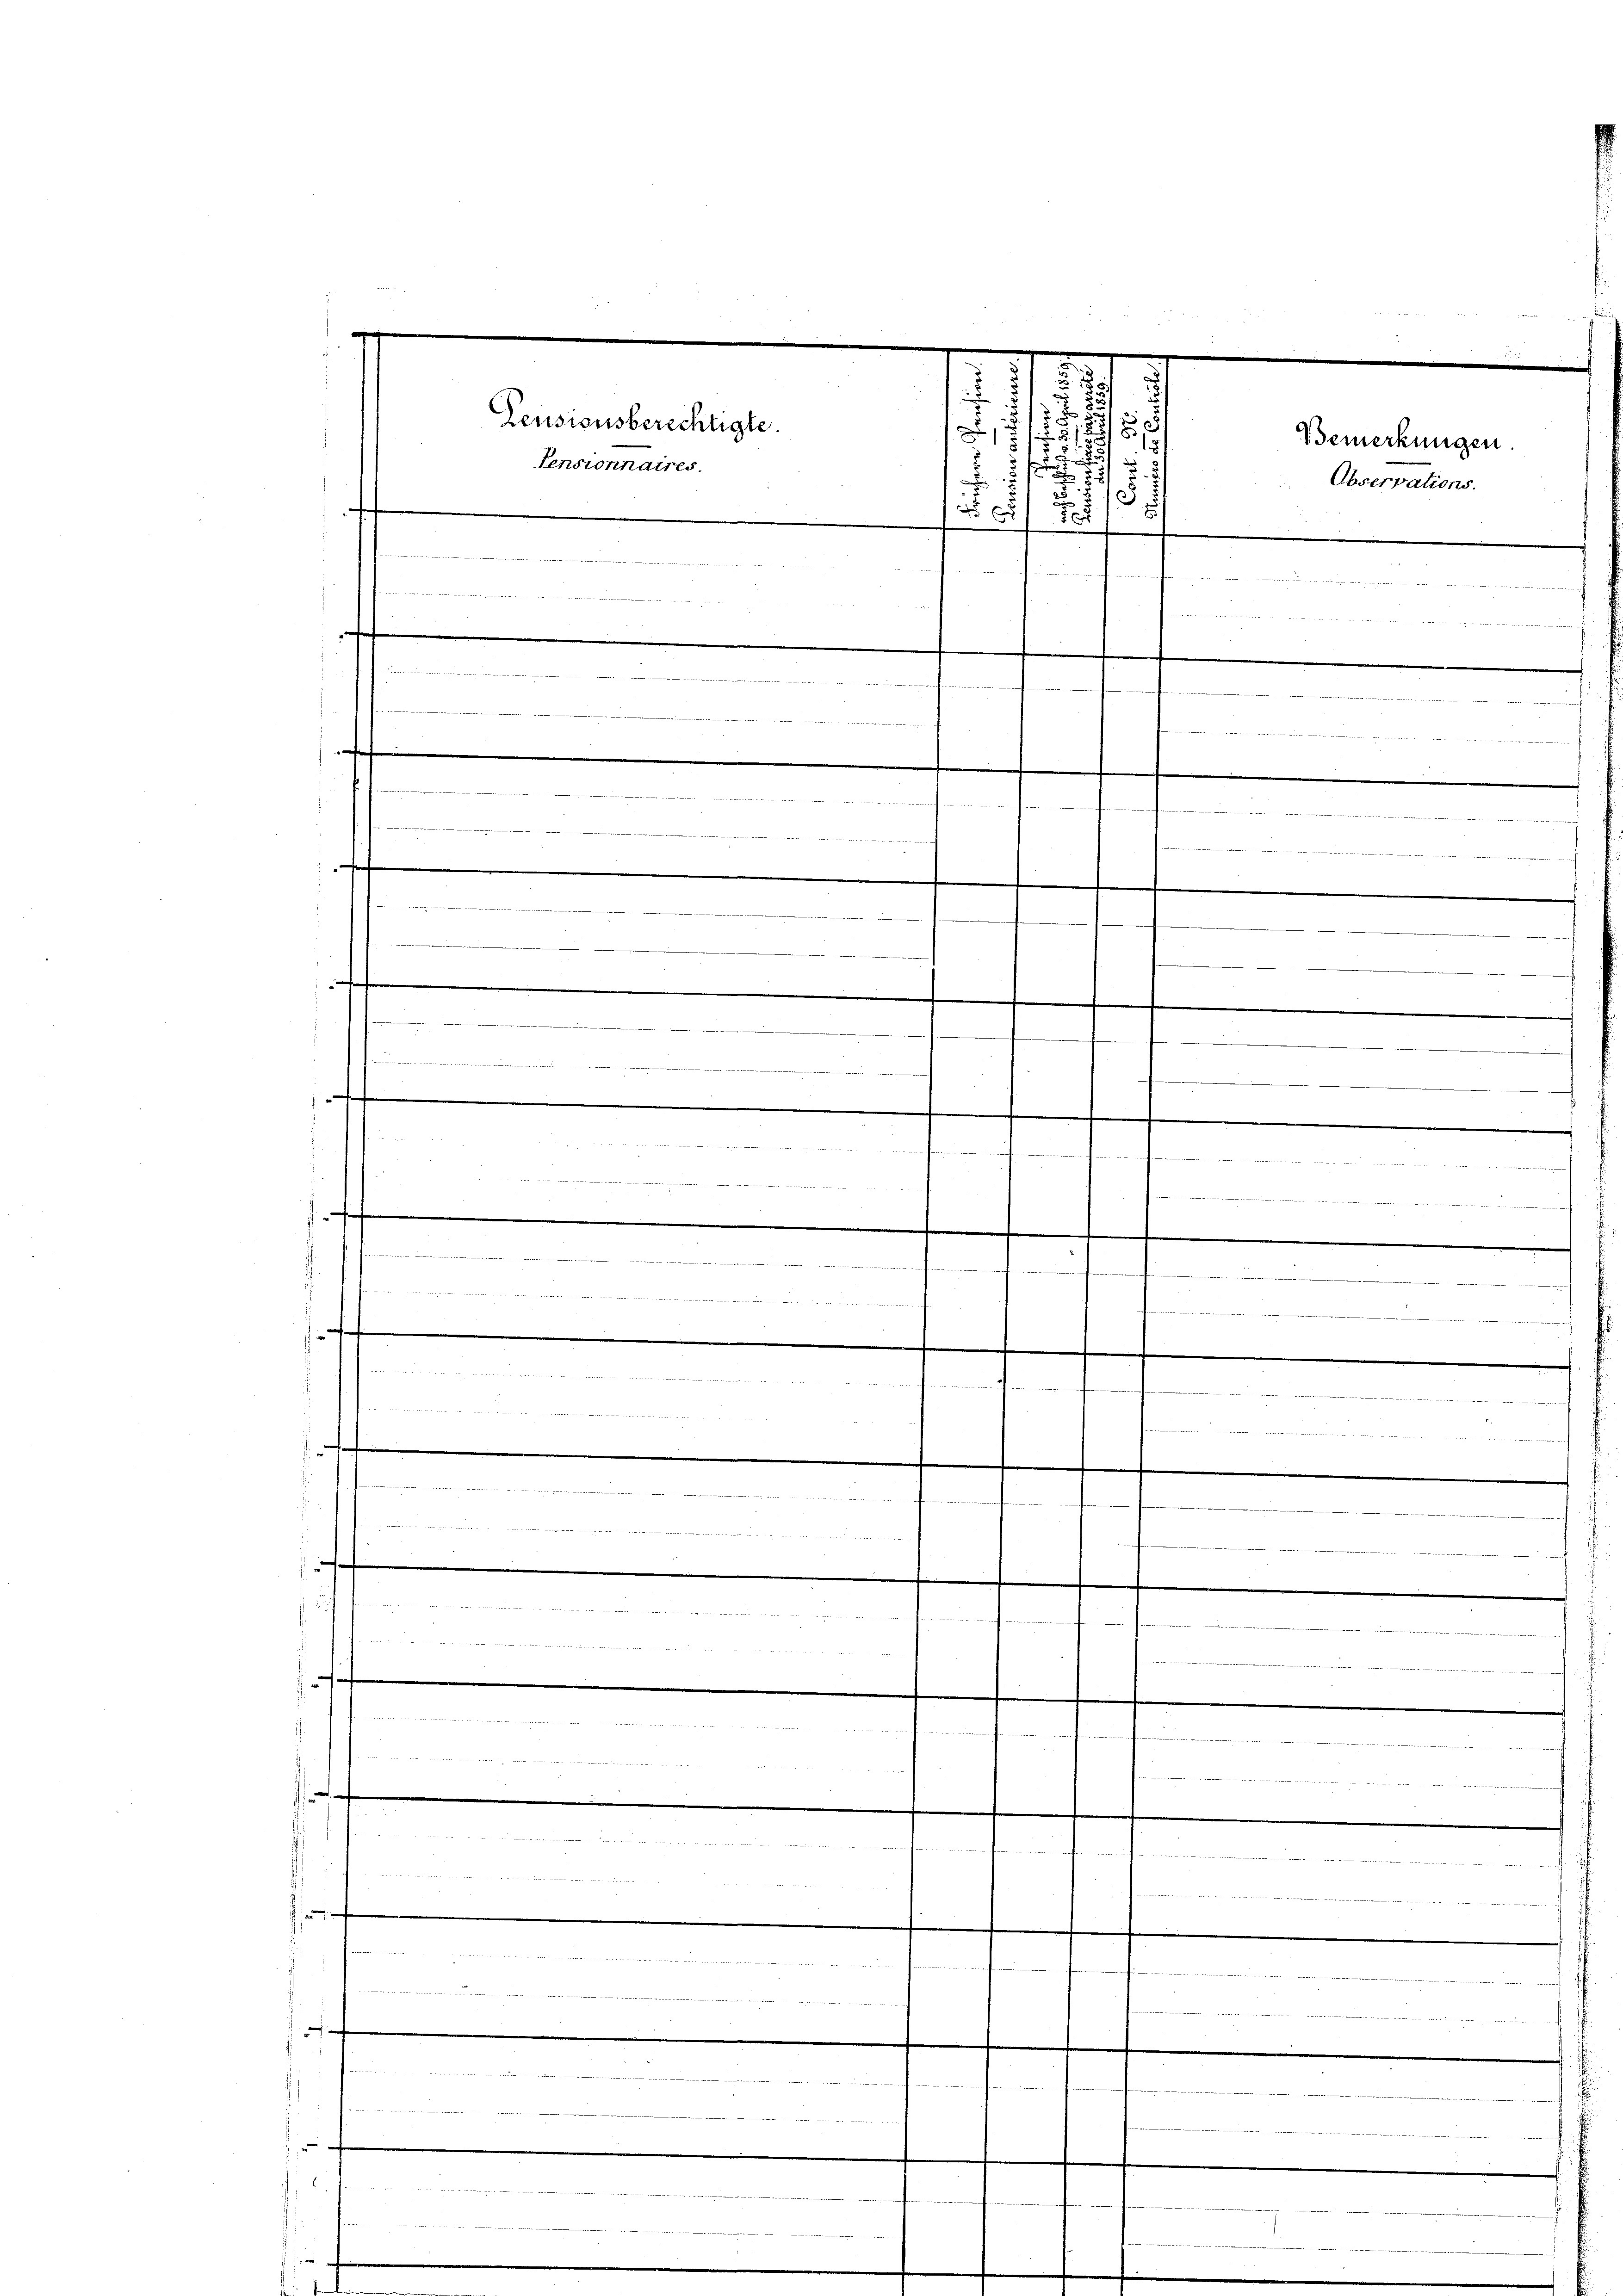
s

.
Feusionsberechtigte.
d
.
Pensionnaires
1
.
57
4
1
 Miete Seiten und in der und andelt werden
i
e
f
 h. Gesammenen einen einen
.
dii, inde
d
se

teigen
niren in die die innern dieses et de
e
.
ieweren in der den in Beisen,
.
.
 eise wie die
1
.
iedigen in der die

ngen eine er die wie die wie der nach wie des einen aus der wie weite er, in
.

 111 22
einer 1847 Nr 1715
 sie wie
r Manne an den
t

f. Innern innimmenen

o

f. den deine an der den in eine es in die einen sich in der diesen seien ist eine der Verabrede . . . 104
itirten gegen und
.
 Pein der ich mir noch in die er eines Meere, an Bauten und wiederen und der die
uns den in er eine man einer werden

t

1
d

1

ber
ee en rechtet hat

h

Bemerkungen
Observations.

.